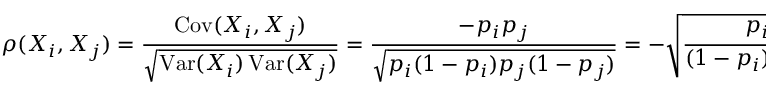
\rho ( X _ { i } , X _ { j } ) = { \frac { \operatorname { C o v } ( X _ { i } , X _ { j } ) } { \sqrt { \operatorname { V a r } ( X _ { i } ) \operatorname { V a r } ( X _ { j } ) } } } = { \frac { - p _ { i } p _ { j } } { \sqrt { p _ { i } ( 1 - p _ { i } ) p _ { j } ( 1 - p _ { j } ) } } } = - { \sqrt { \frac { p _ { i } p _ { j } } { ( 1 - p _ { i } ) ( 1 - p _ { j } ) } } } .